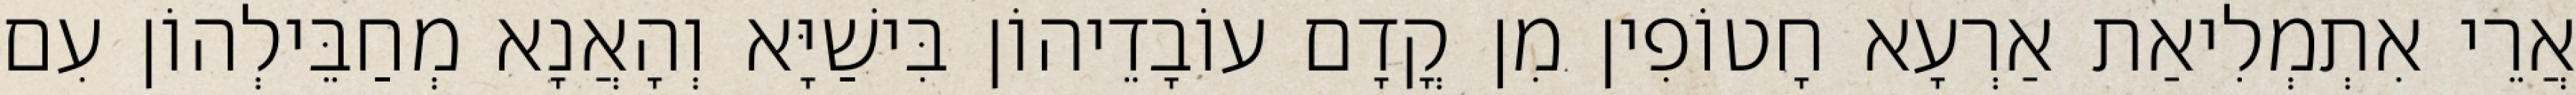
אֲרֵי אִתְמְלִיאַת אַרְעָא חָטוֹפִין מִן קֳדָם עוֹבָדֵיהוֹן בִּישַׁיָּא וְהָאֲנָא מְחַבֵּילְהוֹן עִם